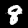
Label: 8